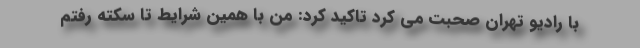
با رادیو تهران صحبت می کرد تاکید کرد: من با همین شرایط تا سکته رفتم